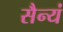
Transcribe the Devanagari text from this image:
सैन्यं